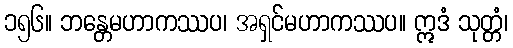
၁၅၆။ ဘန္တေမဟာကဿပ၊ အရှင်မဟာကဿပ။ ဣဒံ သုတ္တံ၊